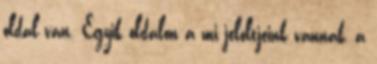
oldal van. Egyik oldalon a mi jelöltjeink vannak, a